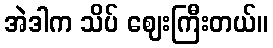
အဲဒါက သိပ် ဈေးကြီးတယ်။